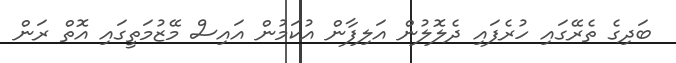
ބަދިގެ ތެރޭގައި ހުރެފައި ދެލޮލުން އަލިފާން އުކަމުން އައިސް މޭޒުމަތީގައި އޮތް ރަން